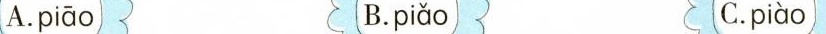
A. piāoB. piǎo C. piào